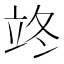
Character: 𮵦